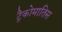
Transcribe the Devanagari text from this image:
ट्रैकोमातिस